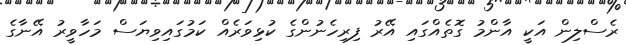
ރެސްލިން އަކީ އާންމު ގޮތެއްގައި އޭރު ފިރިހެނުންގެ ކުޅިވަރެއް ކަމުގައިވިޔަސް މަހާވީރު އޭނާގެ